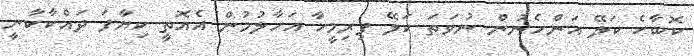
ކޮބާހެ ކަލޭ އަންހެނުން ނުވަތަ ކަލޭ ފިރިމީހާ އަހާލުމުން އެއޮތީ ކިޔާފަ ދައްކާކާނީ